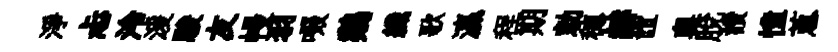
淨忐泠湲駿友幔羽啜鷄纖歌瀛程期勅穂赫誼奥脫讚憧蔥